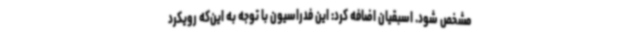
مشخص شود. اسبقیان اضافه کرد: این فدراسیون با توجه به این‌که رویکرد